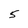
Character: 5